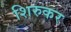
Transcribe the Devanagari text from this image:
शिरुकर